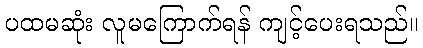
ပထမဆုံး လူမကြောက်ရန် ကျင့်ပေးရသည်။